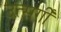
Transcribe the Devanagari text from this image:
उत्सर्गीं